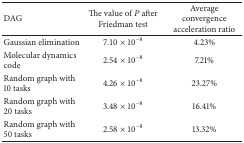
<table><thead><tr><td><b>DAG</b></td><td><b>The value of <i>P</i> after Friedman test</b></td><td><b>Average convergence acceleration ratio</b></td></tr></thead><tbody><tr><td>Gaussian elimination</td><td>7.10 × 10<sup>−8</sup></td><td>4.23%</td></tr><tr><td>Molecular dynamics code</td><td>2.54 × 10<sup>−8</sup></td><td>7.21%</td></tr><tr><td>Random graph with 10 tasks</td><td>4.26 × 10<sup>−8</sup></td><td>23.27%</td></tr><tr><td>Random graph with 20 tasks</td><td>3.48 × 10<sup>−8</sup></td><td>16.41%</td></tr><tr><td>Random graph with 50 tasks</td><td>2.58 × 10<sup>−8</sup></td><td>13.32%</td></tr></tbody></table>